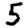
Digit: 5